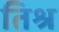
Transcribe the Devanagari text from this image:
तिश्र